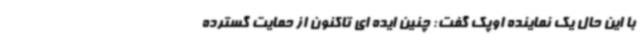
با این حال یک نماینده اوپک گفت: چنین ایده ای تاکنون از حمایت گسترده